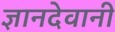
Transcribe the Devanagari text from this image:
ज्ञानदेवानी